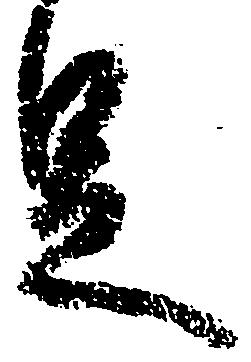
足